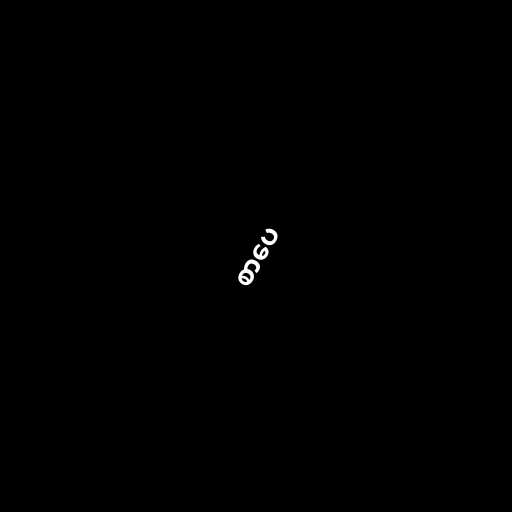
စာပေ